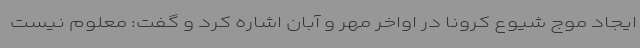
ایجاد موج شیوع کرونا در اواخر مهر و آبان اشاره کرد و گفت: معلوم نیست